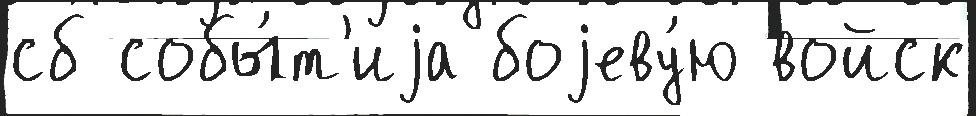
сб собы́т'иjа боjеву́ю войск